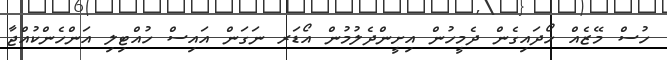
ހުސް މޭޒެއް ހޯދައިގެން ދެމީހުން އިށީންދެލުމުން އޯޑަރ ނަގަން އައިސް ހުއްޓިލި އަންހެންކުއްޖާ